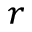
_ r